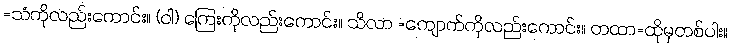
=သံကိုလည်းကောင်း။ (ဝါ) ကြေးကိုလည်းကောင်း။ သိလာ =ကျောက်ကိုလည်းကောင်း။ တထာ=ထိုမှတစ်ပါး။